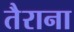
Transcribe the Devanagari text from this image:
तैराना